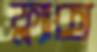
ফ্ল্যাক্স